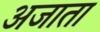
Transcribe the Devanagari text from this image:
अजाता